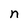
Character: n